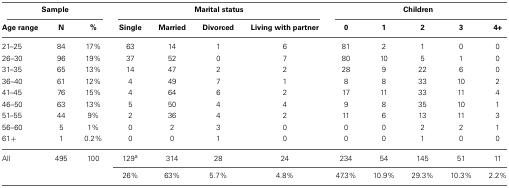
| <COLSPAN=3> Sample | <COLSPAN=4> Marital status | <COLSPAN=5> Children |
 | Age range | N | % | Single | Married | Divorced | Living with partner | 0 | 1 | 2 | 3 | 4+ |
 | --- | --- | --- | --- | --- | --- | --- | --- | --- | --- | --- | --- |
 | 21–25 | 84 | 17% | 63 | 14 | 1 | 6 | 81 | 2 | 1 | 0 | 0 |
 | 26–30 | 96 | 19% | 37 | 52 | 0 | 7 | 80 | 10 | 5 | 1 | 0 |
 | 31–35 | 65 | 13% | 14 | 47 | 2 | 2 | 28 | 9 | 22 | 6 | 0 |
 | 36–40 | 61 | 12% | 4 | 49 | 7 | 1 | 8 | 8 | 33 | 10 | 2 |
 | 41–45 | 76 | 15% | 4 | 64 | 6 | 2 | 17 | 11 | 33 | 11 | 4 |
 | 46–50 | 63 | 13% | 5 | 50 | 4 | 4 | 9 | 8 | 35 | 10 | 1 |
 | 51–55 | 44 | 9% | 2 | 36 | 4 | 2 | 11 | 6 | 13 | 11 | 3 |
 | 56–60 | 5 | 1% | 0 | 2 | 3 | 0 | 0 | 0 | 2 | 2 | 1 |
 | 61+ | 1 | 0.2% | 0 | 0 | 1 | 0 | 0 | 0 | 1 | 0 | 0 |
 | All | 495 | 100 | 129a | 314 | 28 | 24 | 234 | 54 | 145 | 51 | 11 |
 |  |  |  | 26% | 63% | 5.7% | 4.8% | 47.3% | 10.9% | 29.3% | 10.3% | 2.2% |